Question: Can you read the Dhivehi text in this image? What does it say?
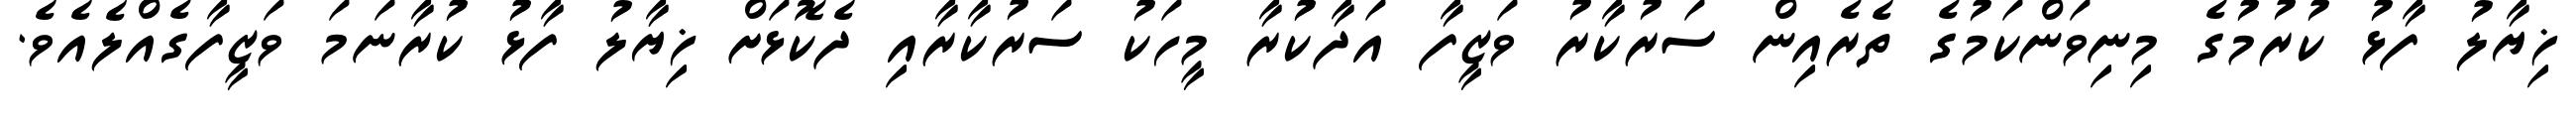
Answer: ޚިޔާލު ފާޅު ކުރުމުގެ މިނިވަންކަމުގެ ތެރެއިން ސަރުކާރު ވަޒީފާ އަދާކުރާ މީހަކު ސަރުކާރާއި ދެކޮޅަށް ޚިޔާލު ފާޅު ކުރާނަމަ ވަޒީފާގެއްލެއެވެ.